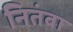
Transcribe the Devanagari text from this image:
नितंबा